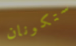
ستكونان